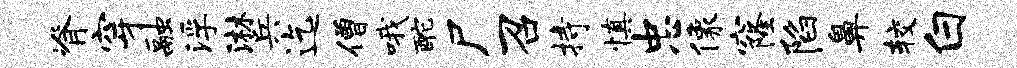
脊穿融浮淋兵迄僧哦酡尸召持慎忠像窿陷鼻较白